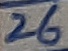
Text: 26